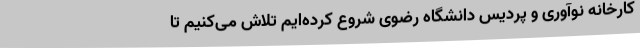
کارخانه نوآوری و پردیس دانشگاه رضوی شروع کرده‌ایم تلاش می‌کنیم تا